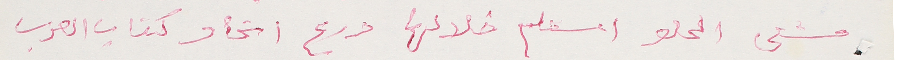
مشتى الحلو استلم خلالها درع اتحاد كتاب العرب